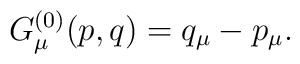
G_\mu^{(0)}(p,q) = q_\mu - p_\mu .